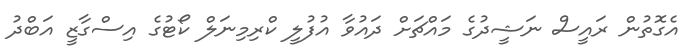
އެގޮތުން ރައީސް ނަޝީދުގެ މައްޗަށް ދައުވާ އުފުލީ ކްރިމިނަލް ކޯޓުގެ އިސްގާޒީ އަބްދު